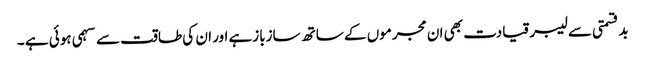
بدقسمتی سے لیبر قیادت بھی ان مجرموں کے ساتھ سازبازہے اور ان کی طاقت سے سہمی ہوئی ہے ۔